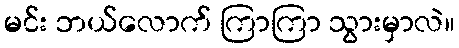
မင်း ဘယ်လောက် ကြာကြာ သွားမှာလဲ။